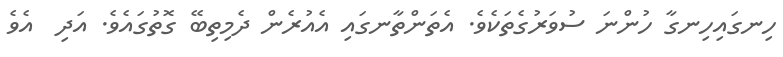
ހިނގައިހިނގާ ހުންނަ ސުވަރުގެތަކެވެ. އެތަންތާނގައި އެއުރެން ދެމިތިބޭ ގޮތުގައެވެ. އަދި  އެވެ